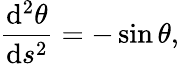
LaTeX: \frac{\mathrm{d}^{2}\theta}{\mathrm{d}s^{2}}=-\sin\theta,